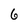
Character: 6